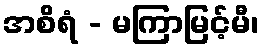
အစိရံ - မကြာမြင့်မီ၊